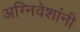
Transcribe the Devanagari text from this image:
अग्निवेशांनी